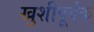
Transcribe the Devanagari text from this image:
खुशीपूर्वक